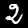
Digit: 2